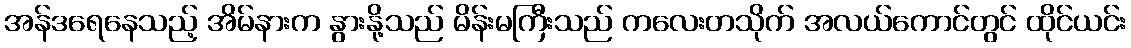
အန်ဒရေနေသည့် အိမ်နားက နွားနို့သည် မိန်းမကြီးသည် ကလေးတသိုက် အလယ်ကောင်တွင် ထိုင်ယင်း